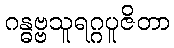
ဂန္ဓဗ္ဗသူရဂ္ဂပူဇိတာ